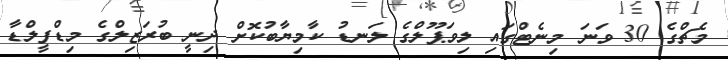
މެޗްގެ 30 ވަނަ މިނެޓްގައި ލިވަޕޫލްގެ ލަނޑު ކާމިޔާބުކޮށް ދިނީ ބުރަޒިލްގެ މިޑްފީލްޑާ